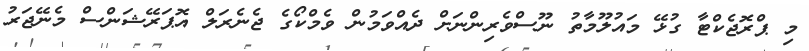
މި ޕްރޮޖެކްޓާ ގުޅޭ މައުލޫމާތު ނޫސްވެރިންނަށް ދެއްވަމުން ވެމްކޯގެ ޖެނެރަލް އޮޕަރޭޝަންސް މެނޭޖަރު